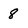
Character: 8